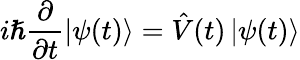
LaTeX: i\hslash\frac{\partial}{\partial t}\left\vert\psi(t)\right\rangle=\hat{V}(t)\left\vert\psi(t)\right\rangle